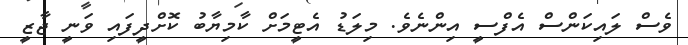
ވެސް ލައިކަންސް އެފްސީ އިންނެވެ. މިލަޑު އެޓީމަށް ކާމިޔާބު ކޮށްދީފައި ވަނީ ޖާޒީ